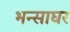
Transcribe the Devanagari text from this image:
भन्साघर